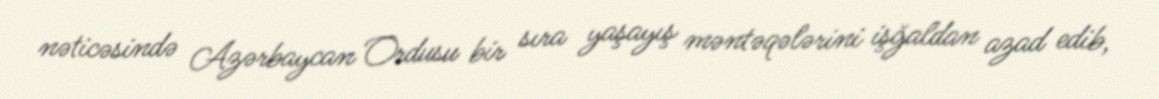
nəticəsində Azərbaycan Ordusu bir sıra yaşayış məntəqələrini işğaldan azad edib,